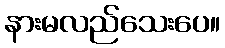
နားမလည်သေးပေ။